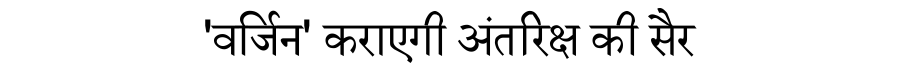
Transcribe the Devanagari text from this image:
'वर्जिन' कराएगी अंतरिक्ष की सैर